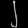
Digit: ၂